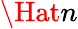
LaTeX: \Hat{n}